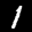
Label: 1